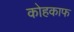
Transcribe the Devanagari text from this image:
कोहकाफ